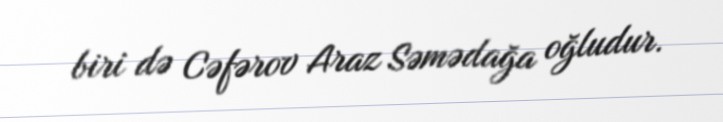
biri də Cəfərov Araz Səmədağa oğludur.